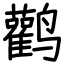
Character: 鹳